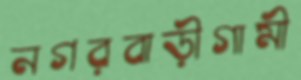
নগরবাড়ীগামী